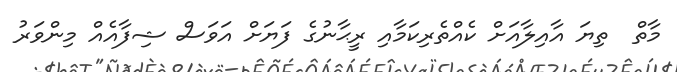
މާތް  ތިޔަ އާއިލާއަށް ކެއްތެރިކަމާއި ރީޙާނުގެ ފަޔަށް އަވަސް ޝިފާއެއް މިންވަރު